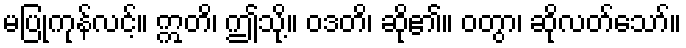
မပြုကုန်လင့်။ ဣတိ၊ ဤသို့။ ဝဒတိ၊ ဆို၏။ ဝတွာ၊ ဆိုလတ်သော်။